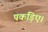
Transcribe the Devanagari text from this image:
पकड़िए।